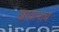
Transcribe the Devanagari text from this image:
खय्यामाचे